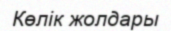
Көлік жолдары